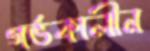
গর্ভকালীন